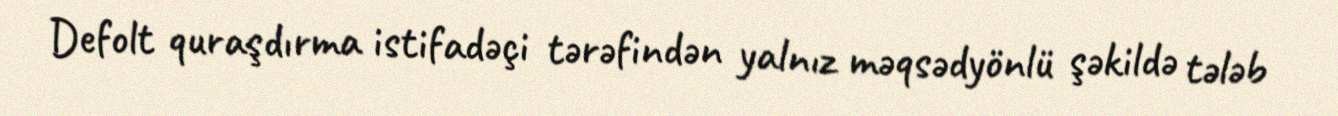
Defolt quraşdırma istifadəçi tərəfindən yalnız məqsədyönlü şəkildə tələb